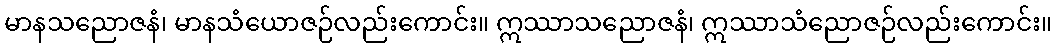
မာနသညောဇနံ၊ မာနသံယောဇဉ်လည်းကောင်း။ ဣဿာသညောဇနံ၊ ဣဿာသံညောဇဉ်လည်းကောင်း။